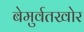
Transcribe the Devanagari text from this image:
बेमुर्वतखोर